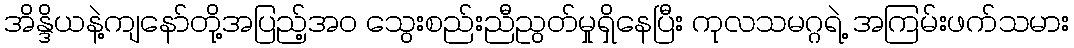
အိန္ဒိယနဲ့ကျနော်တို့အပြည့်အ၀ သွေးစည်းညီညွတ်မှုရှိနေပြီး ကုလသမဂ္ဂရဲ့ အကြမ်းဖက်သမား